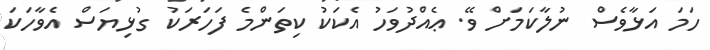
ހަމަ އަޅާވެސް ނުލާކަމަށް ވޭ. ޢެއްދުވަހު އެކަކު ކިތަންމެ ފަހަރަކު ގުޅިޔަސް އެވާހަކަ